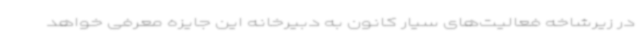
در زیرشاخه فعالیت‌های سیار کانون به دبیرخانه این جایزه معرفی خواهد